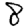
Digit: 8